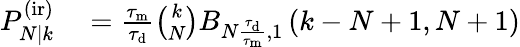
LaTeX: \begin{array}{rl}{P_{N|k}^{\mathrm{(ir)}}}&{{}=\frac{\tau_{\mathrm{m}}}{\tau_{\mathrm{d}}}\binom{k}{N}B_{N\frac{\tau_{\mathrm{d}}}{\tau_{\mathrm{m}}},1}\left(k-N+1,N+1\right)}\end{array}